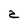
Character: z